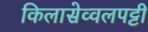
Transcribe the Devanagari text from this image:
किलासेव्वलपट्टी